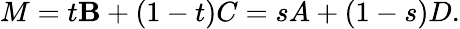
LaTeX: M=t\mathbf{B}+(1-t)C=sA+(1-s)D.